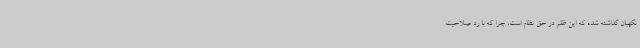
نگهبان گذاشته شده که این ظلم در حق نظام است، چرا که با رد صلاحیت